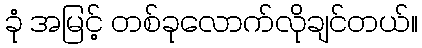
ခုံ အမြင့် တစ်ခုလောက်လိုချင်တယ်။